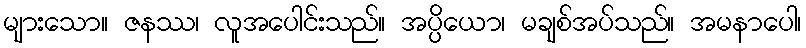
များသော။ ဇနဿ၊ လူအပေါင်းသည်။ အပ္ပိယော၊ မချစ်အပ်သည်။ အမနာပေါ၊